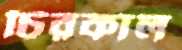
চিরকাল